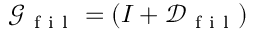
\mathcal { G } _ { \mathrm { ~ f ~ i ~ l ~ } } = ( I + \mathcal { D } _ { \mathrm { ~ f ~ i ~ l ~ } } )